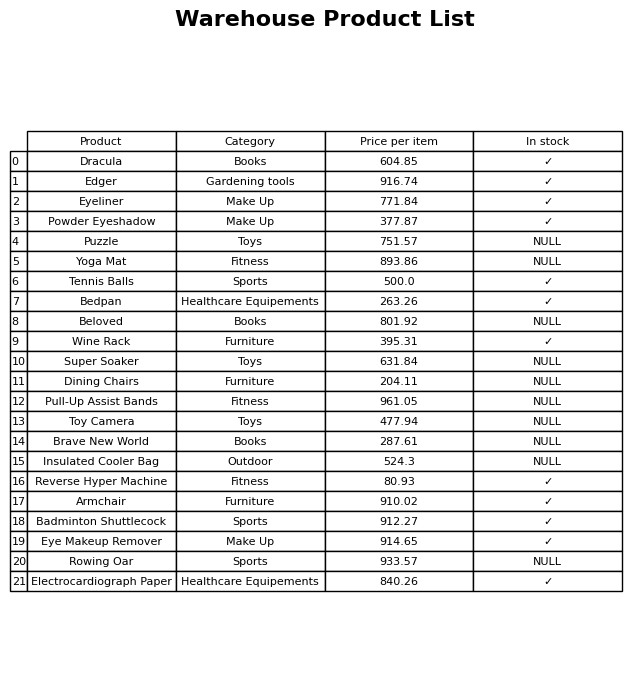
question: What is the price of the Beloved?
answer: The price of Beloved is 801.92.